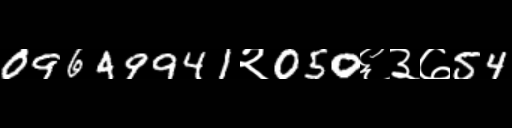
Text: 09649941२050६३७54